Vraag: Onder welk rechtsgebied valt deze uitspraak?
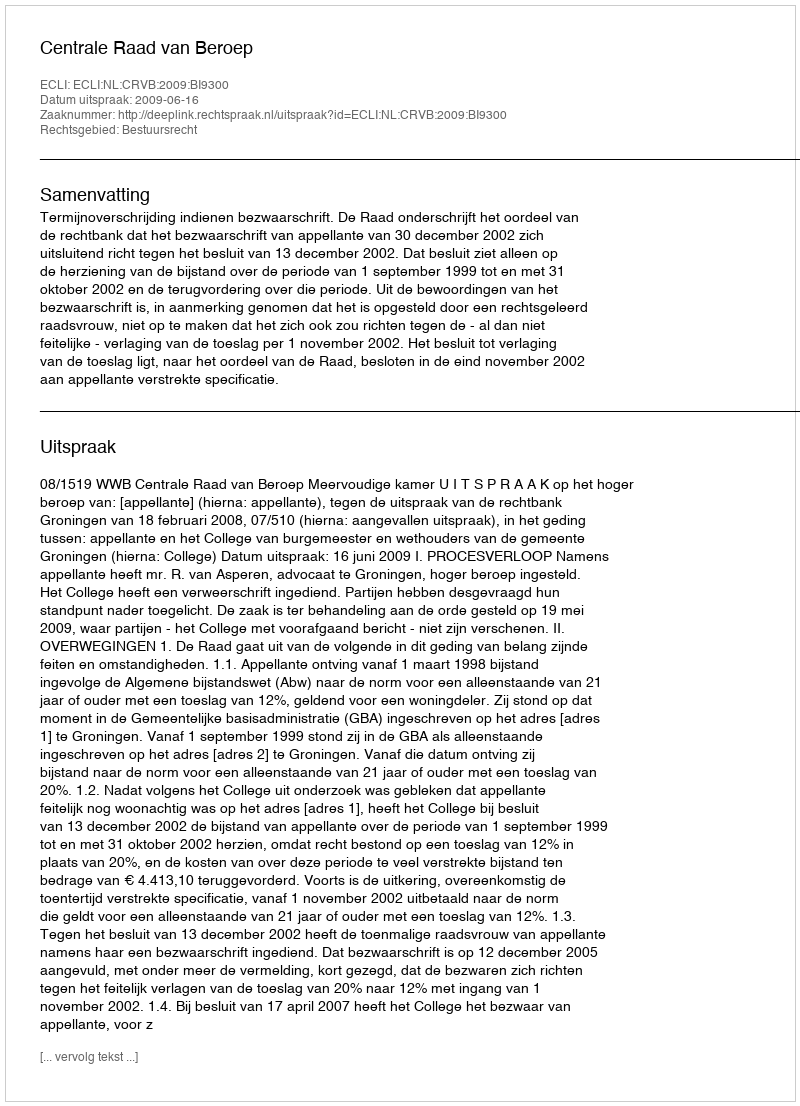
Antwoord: Bestuursrecht